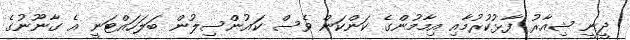
ދީނީ ޝިއާރު ފާޅުކުރުމާއި އިމާމުންގެ ކަންކަން ވެސް ކައުންސިލުން ބަލަހައްޓަނީ އެ ގާނޫނުގެ